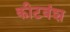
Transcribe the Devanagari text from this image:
कीटवंश